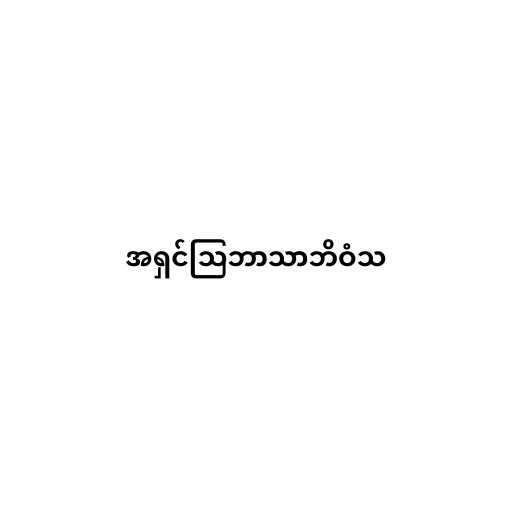
အရှင်သြဘာသာဘိဝံသ